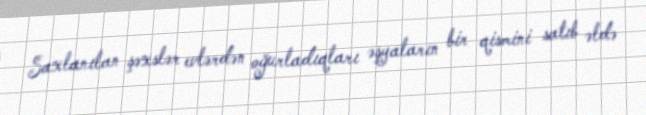
Saxlanılan şəxslər evlərdən oğurladıqları əşyaların bir qismini satıb əldə